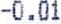
-0.01